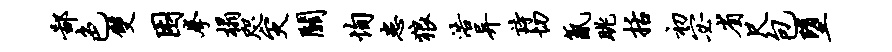
鄙色双困拳榻咫灾关恂患狼浩异诗切氤眺括初宓省尺包堕